Plague in India, 1896, 1897 - Volume 2
Year: 1896
Disease focus: Plague
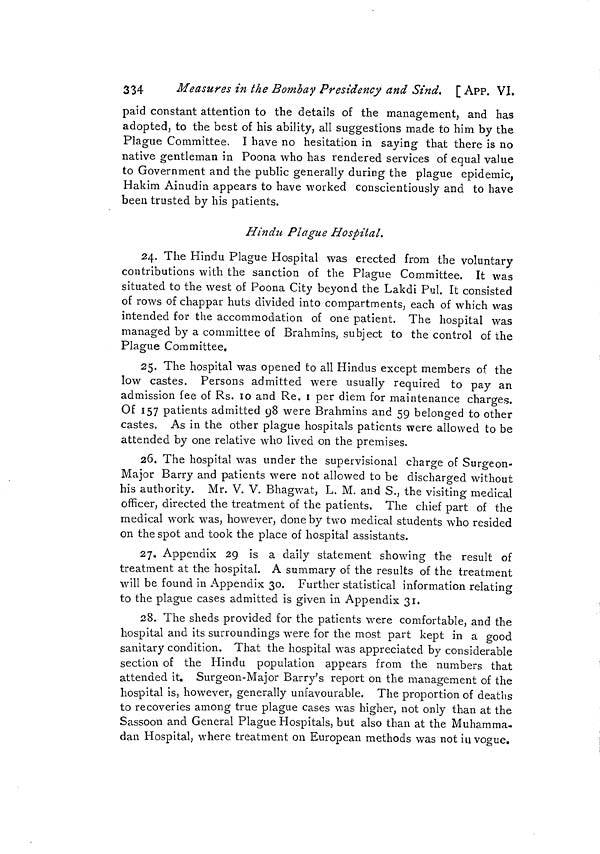
334
Measures in the Bombay Presidency and Sind. [APP. VJ.
paid constant attention to the details of the management, and has
adopted, to the best of his ability, all suggestions made to him by the
Plague Committee. I have no hesitation in saying that there is no
native gentleman in Poona who has rendered services of equal value
to Government and the public generally during the plague epidemic,
Hakim Ainudin appears to have worked conscientiously and to have
been trusted by his patients.
Hindu Plague Hospital.
24. The Hindu Plague Hospital was erected from the voluntary
contributions with the sanction of the Plague Committee. It was
situated to the west of Poona City beyond the Lakdi Pul. It consisted
of rows of chappar huts divided into compartments, each of which was
intended for the accommodation of one patient. The hospital was
managed by a committee of Brahmins, subject to the control of the
Plague Committee,
25. The hospital was opened to all Hindus except members of the
low castes. Persons admitted were usually required to pay an
admission fee of Rs. 10 and Re. 1 per diem for maintenance charges.
Of 157 patients admitted 98 were Brahmins and 59 belonged to other
castes. As in the other plague hospitals patients were allowed to be
attended by one relative who lived on the premises.
26. The hospital was under the supervisional charge of Surgeon-
Major Barry and patients were not allowed to be discharged without
his authority. Mr. V. V. Bhagwat, L. M. and S., the visiting medical
officer, directed the treatment of the patients. The chief part of the
medical work was, however, done by two medical students who resided
on the spot and took the place of hospital assistants.
27. Appendix 29 is a daily statement showing the result of
treatment at the hospital. A summary of the results of the treatment
will be found in Appendix 30. Further statistical information relating
to the plague cases admitted is given in Appendix 31.
28. The sheds provided for the patients were comfortable, and the
hospital and its surroundings were for the most part kept in a good
sanitary condition. That the hospital was appreciated by considerable
section of the Hindu population appears from the numbers that
attended it. Surgeon-Major Barry's report on the management of the
hospital is, however, generally unfavourable. The proportion of deaths
to recoveries among true plague cases was higher, not only than at the
Sassoon and General Plague Hospitals, but also than at the Muhamma-
dan Hospital, where treatment on European methods was not in vogue.